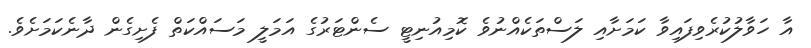
އާ ހަވާލުކުރެވިފައިވާ ކަމަށާއި ލަސްތަކެއްނުވެ ކޮމިއުނިޓީ ސެންޓަރުގެ އަމަލީ މަސައްކަތް ފެށިގެން ދާނެކަމަށެވެ.